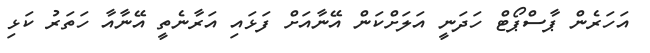
އަހަރެން ޕާސްޕޯޓް ހަދަނީ އަލަށްކަން އޭނާއަށް ފަޅައި އަރާނެތީ އޭނާއާ ހަތަރު ކަޅި